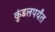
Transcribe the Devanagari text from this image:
कुंडलपर्यंत